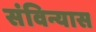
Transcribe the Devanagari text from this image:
संविन्यास